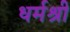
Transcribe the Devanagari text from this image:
धर्मश्री